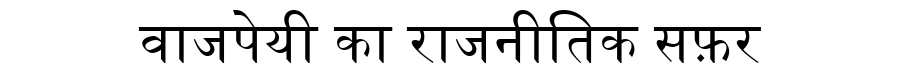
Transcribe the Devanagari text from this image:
वाजपेयी का राजनीतिक सफ़र